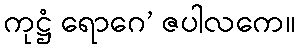
ကုဋ္ဌံ ရောဂေ’ ဇပါလကေ။